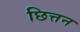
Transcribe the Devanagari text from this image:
छित्तन